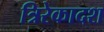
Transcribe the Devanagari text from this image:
त्रिरेकादश